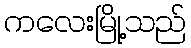
ကလေးမြို့သည်